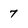
Character: 7